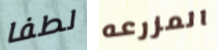
لطفا المزرعه